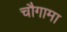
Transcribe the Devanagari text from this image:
चौगामा